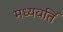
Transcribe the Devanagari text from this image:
मध्यवर्ति